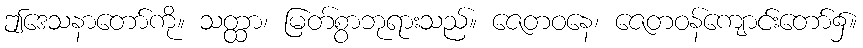
ဤဒေသနာတော်ကို။ သတ္ထာ၊ မြတ်စွာဘုရားသည်။ ဇေတဝနေ၊ ဇေတဝန်ကျောင်းတော်၌။